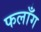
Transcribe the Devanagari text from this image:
फलाँग